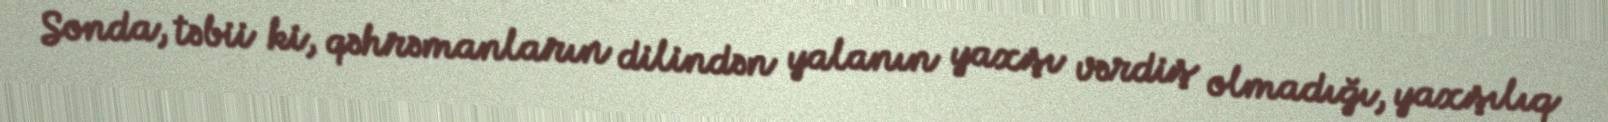
Sonda, təbii ki, qəhrəmanların dilindən yalanın yaxşı vərdiş olmadığı, yaxşılıq